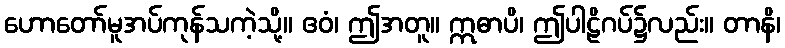
ဟောတော်မူအပ်ကုန်သကဲ့သို့။ ဧဝံ၊ ဤအတူ။ ဣဓာပိ၊ ဤပါဠိဂပ်၌လည်း။ တာနိ၊